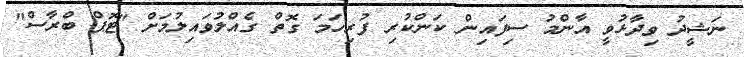
ނަޝީދު ވިދާޅުވީ އާންމު ސިފައިން ކަންކުރި ފުރިހަމަ ގޮތް ގެއްލުވައިލުމަށް "ޓޮޕް ބްރާސް"